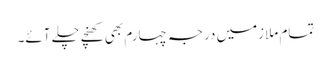
تمام ملازمیں درجہ چہارم بھی کھنچے چلے آئے۔